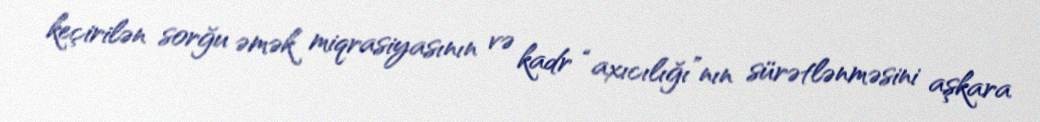
keçirilən sorğu əmək miqrasiyasının və kadr “axıcılığı”nın sürətlənməsini aşkara